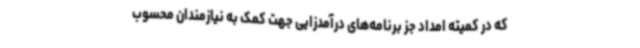
که در کمیته امداد جز برنامه‌های درآمدزایی جهت کمک به نیازمندان محسوب